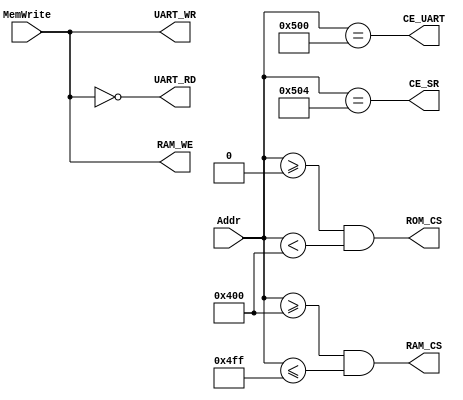
module address_decoder (MemWrite,Addr,RAM_CS,RAM_WE,ROM_CS,UART_WR, UART_RD, CE_SR,CE_UART);

   input MemWrite;
   input [31:0] Addr;
   output reg	RAM_CS;
   output reg	RAM_WE;
   output reg	ROM_CS;
   output reg 	UART_WR;
   output reg 	UART_RD;
   output reg 	CE_UART;
   output reg 	CE_SR;

	always @(*) begin
		RAM_CS = (Addr >= 32'h0400) & (Addr <= 32'h04ff);
		RAM_WE = MemWrite;
		ROM_CS = (Addr >= 32'h0000) & (Addr < 32'h0400);
		UART_WR = MemWrite;  // Tx 
		UART_RD = ~MemWrite;  // Rx
		CE_UART = Addr == 32'h0500;  // uart en
		CE_SR = Addr == 32'h0504; //status reg
	end
	
endmodule